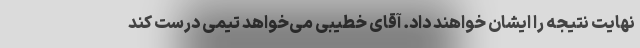
نهایت نتیجه را ایشان خواهند داد. آقای خطیبی می‌خواهد تیمی درست کند